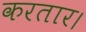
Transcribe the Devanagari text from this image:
करतार।